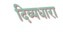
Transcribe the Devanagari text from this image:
दिव्यधारा